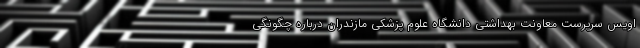
اویس سرپرست معاونت بهداشتی دانشگاه علوم پزشکی مازندران درباره چگونگی